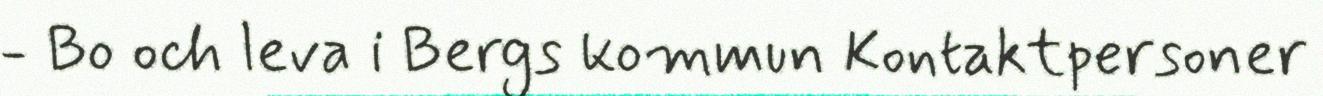
- Bo och leva i Bergs kommun Kontaktpersoner